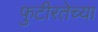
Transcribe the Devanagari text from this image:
फुटीरतेच्या